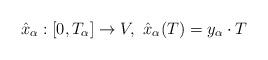
LaTeX: \begin{align*} \hat{x}_{\alpha}:[0, T_{\alpha}] \rightarrow V, \ \hat{x}_{\alpha}(T) = y_{\alpha} \cdot T\end{align*}